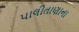
પાલીતાણાના